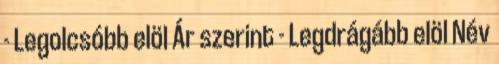
- Legolcsóbb elöl Ár szerint - Legdrágább elöl Név